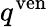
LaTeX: q^{\mathrm{ven}}